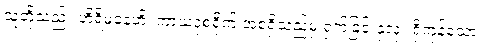
သူတို့သည်။ ဟိရိမနေဟိ၊ ကာယဒုစရိုက် အစရှိသည်မှ ရှက်ခြင်းနှလုံး ရှိကုန်သော